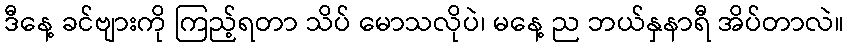
ဒီနေ့ ခင်ဗျားကို ကြည့်ရတာ သိပ် မောသလိုပဲ၊ မနေ့ ည ဘယ်နှနာရီ အိပ်တာလဲ။